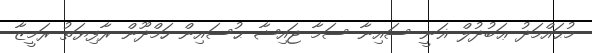
މުޙައްމަދު ޢަބުދުލް ޣަނީ ސައިނާ ސަމާ ޖައިޝާ ޙުސައިން ހަމްދޫން ރާފިޔަތު ރަމީޒާ